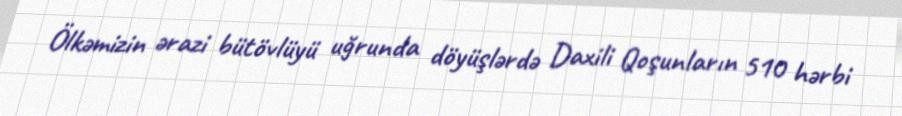
Ölkəmizin ərazi bütövlüyü uğrunda döyüşlərdə Daxili Qoşunların 510 hərbi